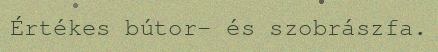
Értékes bútor- és szobrászfa.